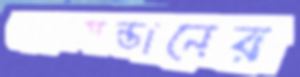
ছেলেসন্তানের